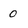
Character: 0